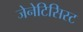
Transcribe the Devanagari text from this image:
जेनेटिसिस्ट